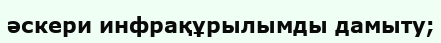
әскери инфрақұрылымды дамыту;